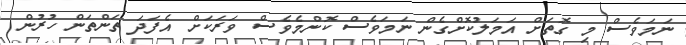
ނަމަވެސް މި ގޮތަށް އަމަލުކޮށްގެން ނަމަވެސް ކޮންމެވެސް ވަރަކަށް އެފަދަ ތަންތަން ހުރުން